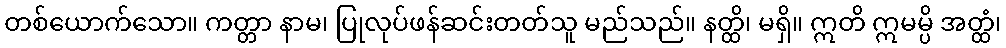
တစ်ယောက်သော။ ကတ္တာ နာမ၊ ပြုလုပ်ဖန်ဆင်းတတ်သူ မည်သည်။ နတ္ထိ၊ မရှိ။ ဣတိ ဣမမ္ပိ အတ္ထံ၊